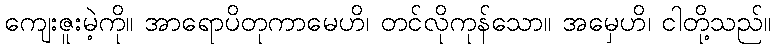
ကျေးဇူးမဲ့ကို။ အာရောပိတုကာမေဟိ၊ တင်လိုကုန်သော။ အမှေဟိ၊ ငါတို့သည်။